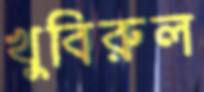
খুবিরুল